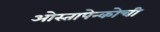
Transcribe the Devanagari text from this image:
ओस्तापेन्कोची